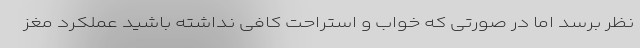
نظر برسد اما در صورتی که خواب و استراحت کافی نداشته باشید عملکرد مغز